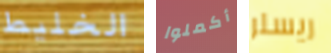
الخليط أكملوا ريسلر